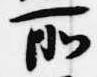
所